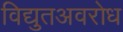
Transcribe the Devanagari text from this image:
विद्युतअवरोध